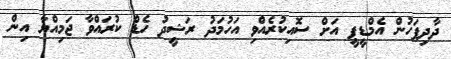
ދާދިފަހުން އެމްޑީޕީ އަށް ސޮއިކުރެއްވި އަހުމަދު ރަޝީދު ހެޑް ކުރައްވާ ޖަމިއްޔާ އިން